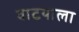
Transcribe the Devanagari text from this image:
वाटयाला